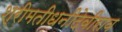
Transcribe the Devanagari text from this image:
श्रीमतीधनीदेवीराव